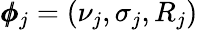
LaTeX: \pmb{\phi}_{j}=(\nu_{j},\sigma_{j},R_{j})